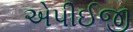
એપીઈજી